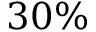
3 0 \%